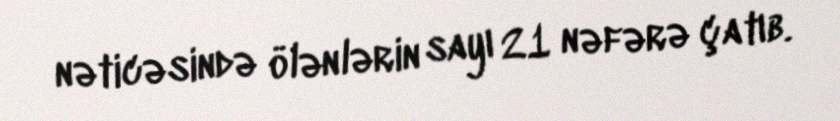
nəticəsində ölənlərin sayı 21 nəfərə çatıb.